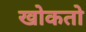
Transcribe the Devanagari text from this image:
खोकतो